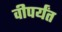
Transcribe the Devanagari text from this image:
वीपर्यंत